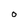
Character: o